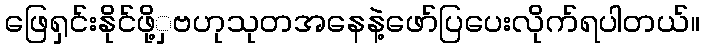
ဖြေရှင်းနိုင်ဖို့ှဗဟုသုတအနေနဲ့ဖော်ပြပေးလိုက်ရပါတယ်။